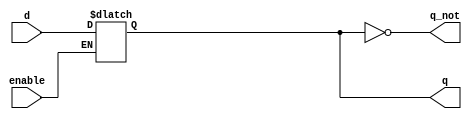

module d_latch(
    input d,
	input enable,
	output q,
    output q_not
    );
	
	reg dlatch;
	
	// The D-Lach is level sensitive
	always @(enable or d) begin
	    if(enable)
		    dlatch <= d; 
	end
	
	assign q = dlatch;
	assign q_not = ~q;
	
endmodule


`timescale 1us/1ns

module tb_d_latch();
	
	// Testbench variables
    reg d;
	reg enable;
	wire q;
    wire q_not;
    
	// Instantiate the DUT
	d_latch DL0(
        .d(d),
	    .enable(enable),
	    .q(q),
        .q_not(q_not)
	);
	
    // Create stimulus	  
    initial begin
	    $monitor ($time, " enable = %b, d = %b, q = %b, q_not = %b",
		                 enable, d, q, q_not);
        enable = 0;
		#2  ; d = 0;
	    #0.5; d = 1;
		#1  ; d = 0;
		#1  ; d = 1;
		#1.5; enable = 1;
		#0.1; d = 1;
		#0.2; d = 0;
		#0.3; d = 1;
		#1  ; enable = 0; d = 0;
		#1  ; d = 1;
		#2  ; d = 0;
	end
	
    // This will stop the simulator when the time expires
    initial begin
        #40 $finish;
    end
  
endmodule